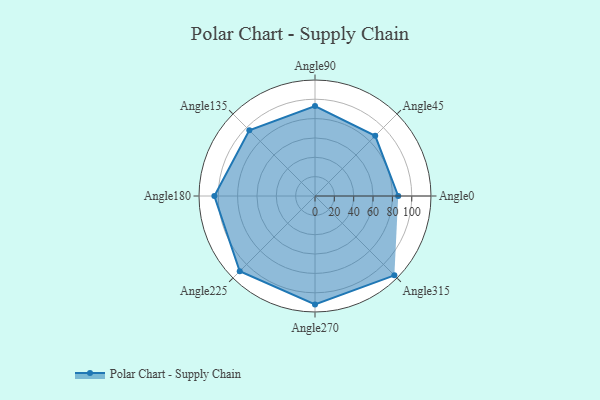
{"axis": {"x": "Angle", "y": "Radius"}, "legend": [""], "data": [{"x": "Angle0", "y": 86.0, "type": ""}, {"x": "Angle45", "y": 88.0, "type": ""}, {"x": "Angle90", "y": 93.0, "type": ""}, {"x": "Angle135", "y": 96.0, "type": ""}, {"x": "Angle180", "y": 104.0, "type": ""}, {"x": "Angle225", "y": 110.0, "type": ""}, {"x": "Angle270", "y": 112.0, "type": ""}, {"x": "Angle315", "y": 116.0, "type": ""}]}